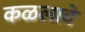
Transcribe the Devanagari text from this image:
कळलावे